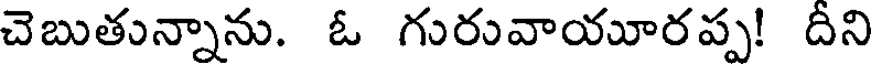
చెబుతున్నాను. ఓ గురువాయూరప్ప! దీని